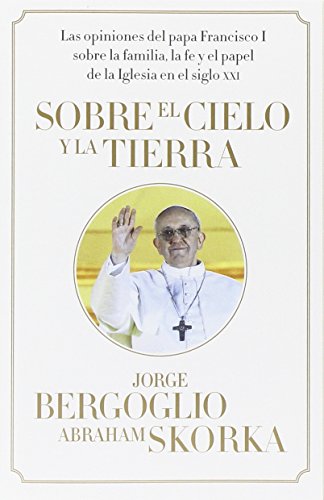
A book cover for Sobre el cielo y la tierra (Spanish Edition); Jorge Bergoglio; Christian Books & Bibles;